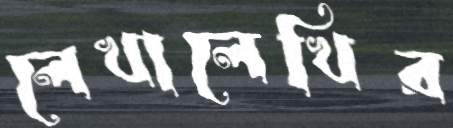
লেখালেখির